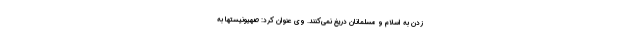
زدن به اسلام و مسلمانان دریغ نمی‌کنند. وی عنوان کرد: صهیونیستها به